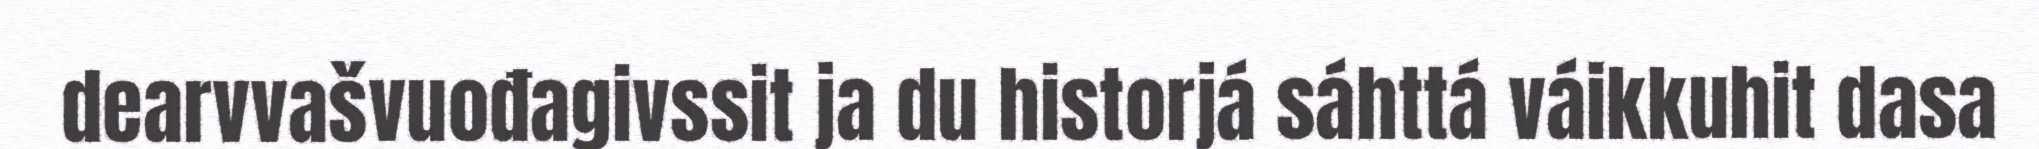
dearvvašvuođagivssit ja du historjá sáhttá váikkuhit dasa